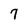
Character: 7